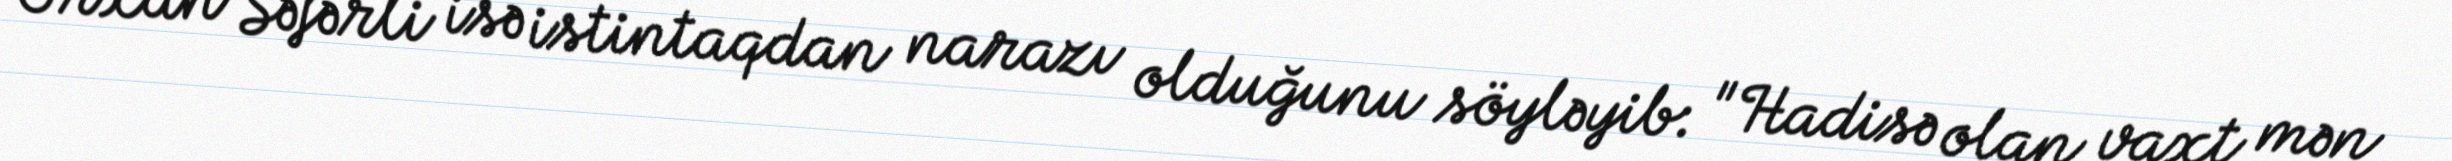
Orxan Səfərli isə istintaqdan narazı olduğunu söyləyib: "Hadisə olan vaxt mən